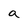
Character: a